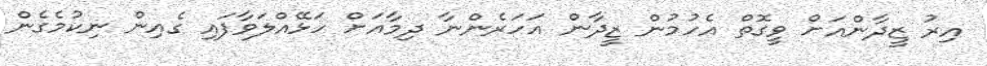
އިރު ޒީދާންއަށް ވީގޮތް އެހުމުން ޒީދާން އަހަރެންނާ ދިމާއަށް ހަޅޭއްލަވާފައި ގެއިން ނިކުމެގެން